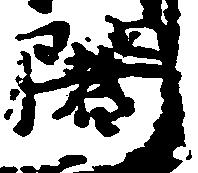
闍